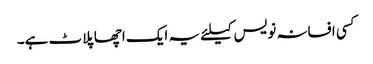
کسی افسانہ نویس کیلئے یہ ایک اچھا پلاٹ ہے۔